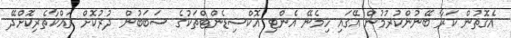
އެގޮތުން ކަރާ ބޭނުންކުރުމުން އޭގައި ހިމެނޭ އެންޓި އޮކްސިޑެންޓްތަކުގެ ސަބަބުން ދުރުކޮށް ރައްކާތެރިކޮށްދޭ